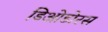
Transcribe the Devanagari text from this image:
डिओडोरस